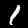
Label: 1